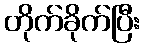
တိုက်ခိုက်ပြီး